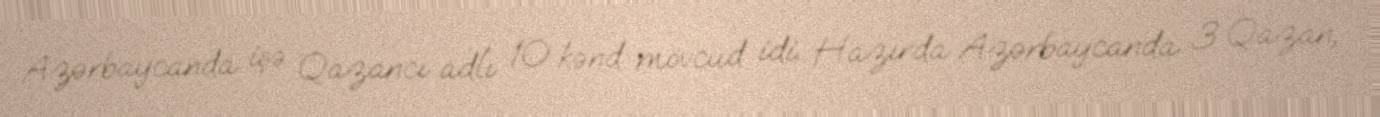
Azərbaycanda işə Qazancı adlı 10 kənd mövcud idi. Hazırda Azərbaycanda 3 Qazan,